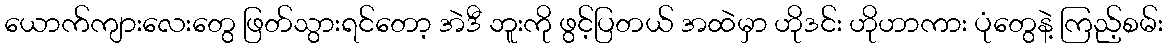
ယောက်ကျားလေးတွေ ဖြတ်သွားရင်တော့ အဲဒီ ဘူးကို ဖွင့်ပြတယ် အထဲမှာ ဟိုဒင်း ဟိုဟာကား ပုံတွေနဲ့ ကြည့်စမ်း